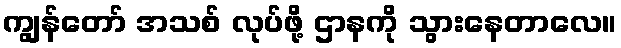
ကျွန်တော် အသစ် လုပ်ဖို့ ဌာနကို သွားနေတာလေ။